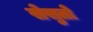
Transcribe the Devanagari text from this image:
सेसुतो